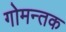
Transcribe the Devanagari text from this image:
गोमन्तक